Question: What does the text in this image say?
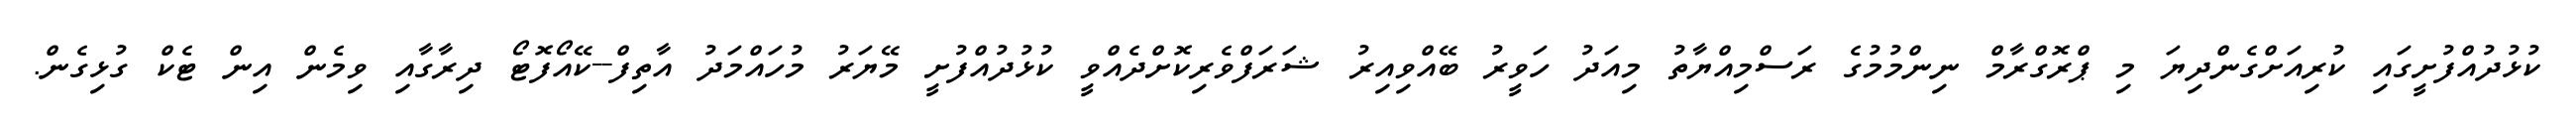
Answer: ކުޅުދުއްފުށީގައި ކުރިއަށްގެންދިޔަ މި ޕްރޮގްރާމް ނިންމުމުގެ ރަސްމިއްޔާތު މިއަދު ހަވީރު ބޭއްވިއިރު ޝަރަފްވެރިކޮށްދެއްވީ ކުޅުދުއްފުށީ މޭޔަރު މުހައްމަދު އާތިފް--ކޭއޯފޮޓޯ ދިރާގާއި ވިމެން އިން ޓެކް ގުޅިގެން.